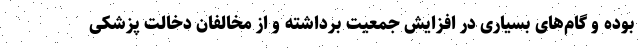
بوده و گام‌های بسیاری در افزایش جمعیت برداشته و از مخالفان دخالت پزشکی